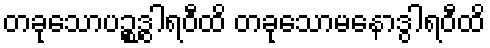
တခုသောပဉ္စဒွါရဝီထိ တခုသောမနောဒွါရဝီထိ